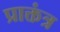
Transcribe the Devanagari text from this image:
प्राक्तंत्र